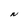
Character: N